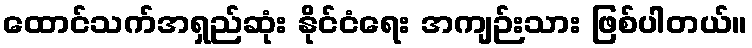
ထောင်သက်အရှည်ဆုံး နိုင်ငံရေး အကျဉ်းသား ဖြစ်ပါတယ်။